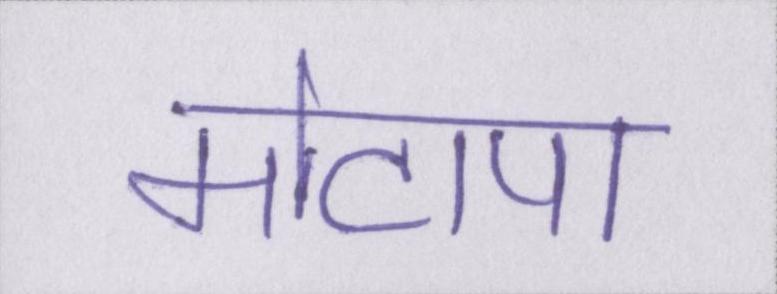
मोटापा